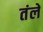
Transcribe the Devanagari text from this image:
तंले